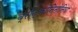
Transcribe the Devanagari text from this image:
ब्रोन्कोनिमोनिया